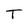
Character: T